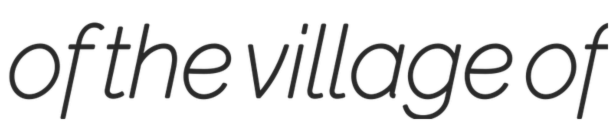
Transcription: of the village of